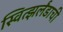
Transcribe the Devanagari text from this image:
स्वित्झर्लंडाची